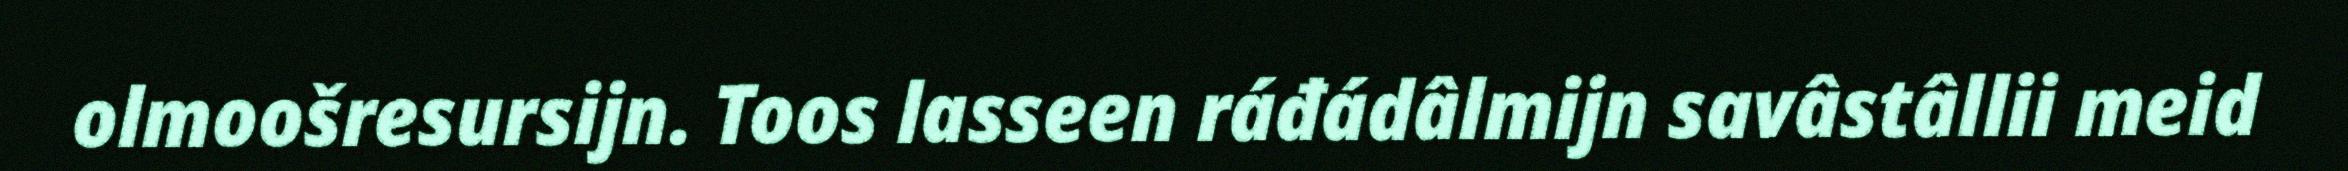
olmoošresursijn. Toos lasseen ráđádâlmijn savâstâllii meid